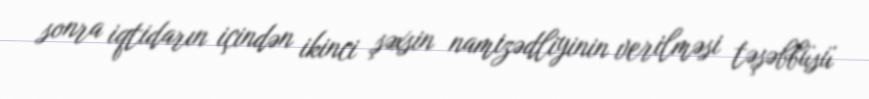
sonra iqtidarın içindən ikinci şəxsin namizədliyinin verilməsi təşəbbüsü